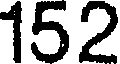
152